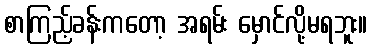
စာကြည့်ခန်းကတော့ အရမ်း မှောင်လို့မရဘူး။